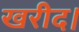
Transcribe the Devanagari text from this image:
खरीद।